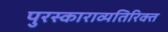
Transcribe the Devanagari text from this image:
पुरस्काराव्यतिरिक्त